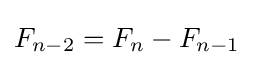
F_{n-2}=F_{n}-F_{n-1}